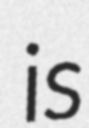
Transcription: is